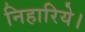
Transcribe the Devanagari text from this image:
निहारिये।